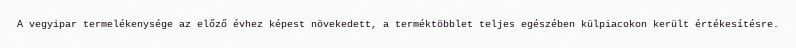
A vegyipar termelékenysége az előző évhez képest növekedett, a terméktöbblet teljes egészében külpiacokon került értékesítésre.